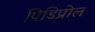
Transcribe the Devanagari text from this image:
पिडिप्रोल